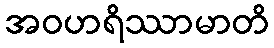
အဝဟရိဿာမာတိ